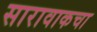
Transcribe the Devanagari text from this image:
सारावाकचा